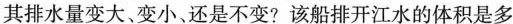
其排水量变大、变小、还是不变?该船排开江水的体积是多